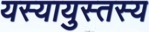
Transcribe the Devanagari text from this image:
यस्यायुस्तस्य